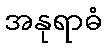
အနုရာဓံ